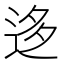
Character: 迻